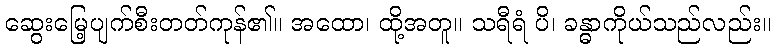
ဆွေးမြေ့ပျက်စီးတတ်ကုန်၏။ အထော၊ ထို့အတူ။ သရီရံ ပိ၊ ခန္ဓာကိုယ်သည်လည်း။